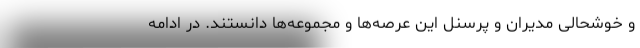
و خوشحالی مدیران و پرسنل این عرصه‌ها و مجموعه‌ها دانستند. در ادامه